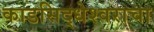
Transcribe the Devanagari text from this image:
काडसिद्धेश्वराचा